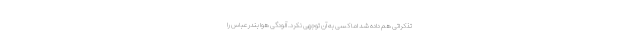
تذکراتی هم داده شد اما کسی به آن توجهی نکرد. آلودگی هوا بندرعباس را